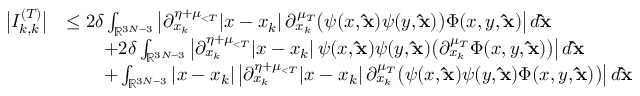
\begin{array} { r l } { \big | I _ { k , k } ^ { ( T ) } \big | } & { \le 2 \delta \int _ { \mathbb { R } ^ { 3 N - 3 } } \big | \partial _ { x _ { k } } ^ { \eta + \mu _ { < T } } | x - x _ { k } | \, \partial _ { x _ { k } } ^ { \mu _ { T } } \big ( \psi ( x , \mathbf { \hat { x } } ) \psi ( y , \mathbf { \hat { x } } ) \big ) \Phi ( x , y , \mathbf { \hat { x } } ) \big | \, d \mathbf { \hat { x } } } \\ & { \qquad + 2 \delta \int _ { \mathbb { R } ^ { 3 N - 3 } } \big | \partial _ { x _ { k } } ^ { \eta + \mu _ { < T } } | x - x _ { k } | \, \psi ( x , \mathbf { \hat { x } } ) \psi ( y , \mathbf { \hat { x } } ) \big ( \partial _ { x _ { k } } ^ { \mu _ { T } } \Phi ( x , y , \mathbf { \hat { x } } ) \big ) \big | \, d \mathbf { \hat { x } } } \\ & { \qquad + \int _ { \mathbb { R } ^ { 3 N - 3 } } | x - x _ { k } | \, \big | \partial _ { x _ { k } } ^ { \eta + \mu _ { < T } } | x - x _ { k } | \, \partial _ { x _ { k } } ^ { \mu _ { T } } \big ( \psi ( x , \mathbf { \hat { x } } ) \psi ( y , \mathbf { \hat { x } } ) \Phi ( x , y , \mathbf { \hat { x } } ) \big ) \big | \, d \mathbf { \hat { x } } } \end{array}